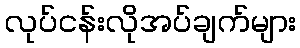
လုပ်ငန်းလိုအပ်ချက်များ